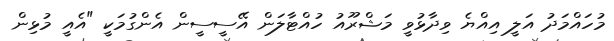
މުހައްމަދު އަލީ އިއްޔެ ވިދާޅުވީ މަޝްރޫއު ހުއްޓާލަން އޭސީސީން އެންގުމަކީ "އެއީ މުޅިން